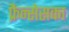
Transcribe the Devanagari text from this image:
फ्रैन्सेसका